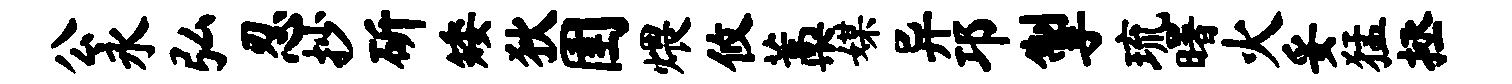
公永弘忍抄斫矮狄圉煨攸藁媒异邛掣琉曙火妥猛拯